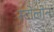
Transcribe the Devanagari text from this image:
स्टोलोन